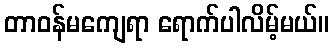
တာဝန်မကျေရာ ရောက်ပါလိမ့်မယ်။